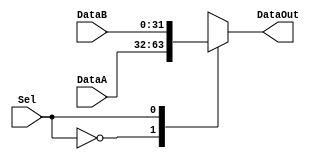
//modulo para el mux parametrizable

module muxN_N
#(
	parameter BUSWIDTH = 32
	)
 (
		input wire [(BUSWIDTH-1):0] DataA,
		input wire [(BUSWIDTH-1):0]	DataB,
		input wire Sel,
		output reg [(BUSWIDTH-1):0]	DataOut
			);
			
always@(Sel, DataA, DataB) begin 
	case(Sel)
	1'b0: 
		DataOut = DataA;
	1'b1:
		DataOut = DataB;
	endcase
end

endmodule